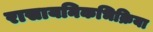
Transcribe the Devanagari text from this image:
रासायनिकभिक्रिया